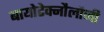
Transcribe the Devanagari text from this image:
बायोटेक्नौलौजी